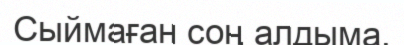
Сыймаған соң алдыма,